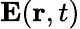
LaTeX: {\mathbf E}({\mathbf r},t)